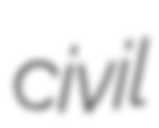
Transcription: civil